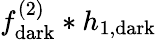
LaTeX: f_{\mathrm{dark}}^{(2)}*h_{1,\mathrm{dark}}